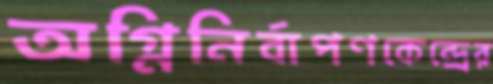
অগ্নিনির্বাপণকেন্দ্রের